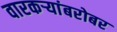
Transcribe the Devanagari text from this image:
वारकर्‍यांबरोबर